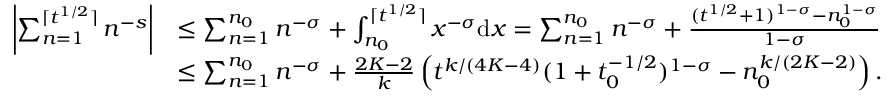
\begin{array} { r l } { \left| \sum _ { n = 1 } ^ { \lceil t ^ { 1 / 2 } \rceil } n ^ { - s } \right| } & { \le \sum _ { n = 1 } ^ { n _ { 0 } } n ^ { - \sigma } + \int _ { n _ { 0 } } ^ { \lceil t ^ { 1 / 2 } \rceil } x ^ { - \sigma } \mathrm { d } x = \sum _ { n = 1 } ^ { n _ { 0 } } n ^ { - \sigma } + \frac { ( t ^ { 1 / 2 } + 1 ) ^ { 1 - \sigma } - n _ { 0 } ^ { 1 - \sigma } } { 1 - \sigma } } \\ & { \le \sum _ { n = 1 } ^ { n _ { 0 } } n ^ { - \sigma } + \frac { 2 K - 2 } { k } \left( t ^ { k / ( 4 K - 4 ) } ( 1 + t _ { 0 } ^ { - 1 / 2 } ) ^ { 1 - \sigma } - n _ { 0 } ^ { k / ( 2 K - 2 ) } \right) . } \end{array}